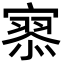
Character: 𡪹